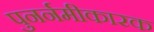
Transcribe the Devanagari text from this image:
पुनर्नमीकारक